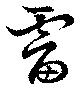
霤